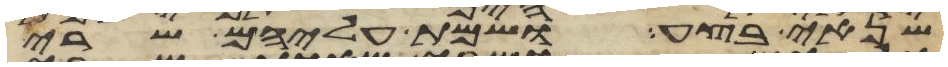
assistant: שנאי בצע ושמת עליהם שרי